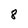
Character: 8